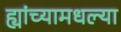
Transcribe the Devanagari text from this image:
ह्यांच्यामधल्या